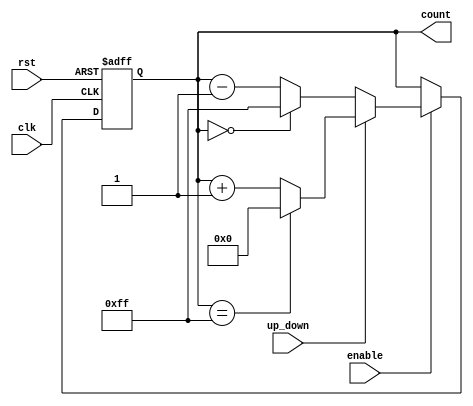
module UpDownCounter (
    input wire clk,          // Clock signal
    input wire rst,          // Asynchronous reset
    input wire up_down,      // Up/Down control signal
    input wire enable,       // Enable signal
    output reg [7:0] count   // 8-bit count output (adjust width as needed)
);

    // Define maximum count value based on the width of the counter
    localparam MAX_COUNT = 8'hFF; // Maximum value for an 8-bit counter

    // Asynchronous reset
    always @(posedge clk or posedge rst) begin
        if (rst) begin
            count <= 8'b0; // Reset count to zero
        end else if (enable) begin
            if (up_down) begin
                // Increment count
                if (count == MAX_COUNT) begin
                    count <= 8'b0; // Wrap around to zero
                end else begin
                    count <= count + 1'b1;
                end
            end else begin
                // Decrement count
                if (count == 8'b0) begin
                    count <= MAX_COUNT; // Wrap around to max value
                end else begin
                    count <= count - 1'b1;
                end
            end
        end
    end

endmodule